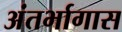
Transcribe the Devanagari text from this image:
अंतर्भागास